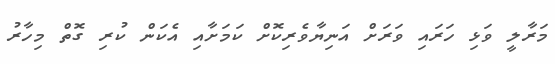
މަރާލީ ވަޅި ހަރައި ވަރަށް އަނިޔާވެރިކޮށް ކަމަށާއި އެކަން ކުރި ގޮތް މިހާރު